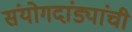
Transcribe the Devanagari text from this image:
संयोगदांड्यांची